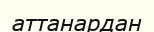
аттанардан